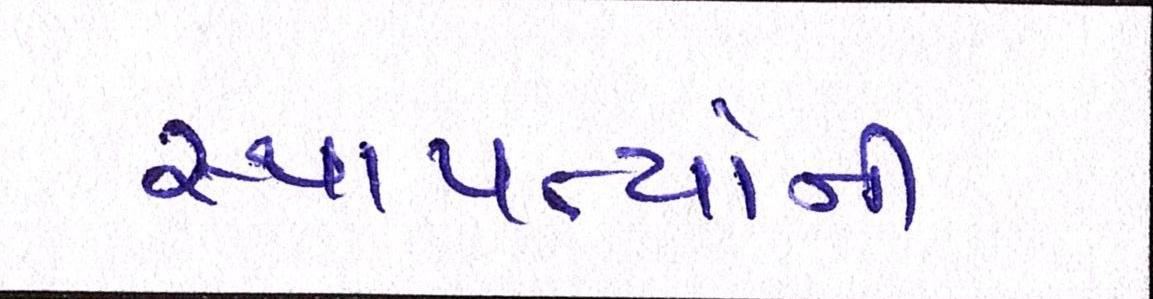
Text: સ્થાપત્યોની